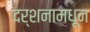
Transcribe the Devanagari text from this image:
दर्शनामधून